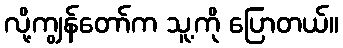
လို့ကျွန်တော်က သူ့ကို ပြောတယ်။